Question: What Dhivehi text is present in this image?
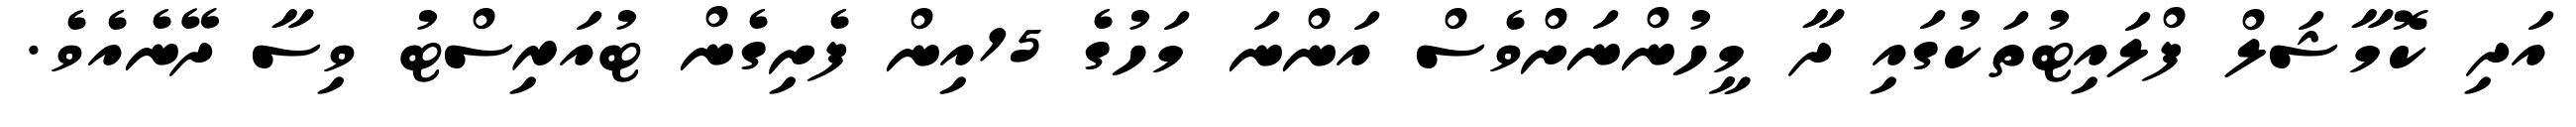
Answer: އަދި ކޮމާޝަލް ފްލައިޓުތަކުގައި ދާ މީހުންނަށްވެސް އަންނަ މަހުގެ 15އިން ފެށިގެން ޓުއަރިސްޓު ވިސާ ދޭނެއެވެ.